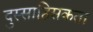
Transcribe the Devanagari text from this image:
दुस्साहिसकता